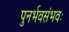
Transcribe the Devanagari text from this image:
पुनर्भवसंभवः